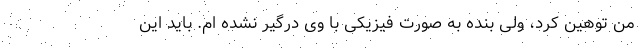
من توهین کرد، ولی بنده به صورت فیزیکی با وی درگیر نشده ام. باید این